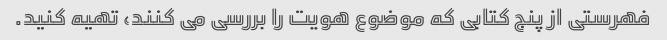
فهرستی از پنج کتابی که موضوع هویت را بررسی می کنند، تهیه کنید.